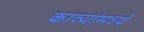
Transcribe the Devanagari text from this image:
काव्यांमध्ये